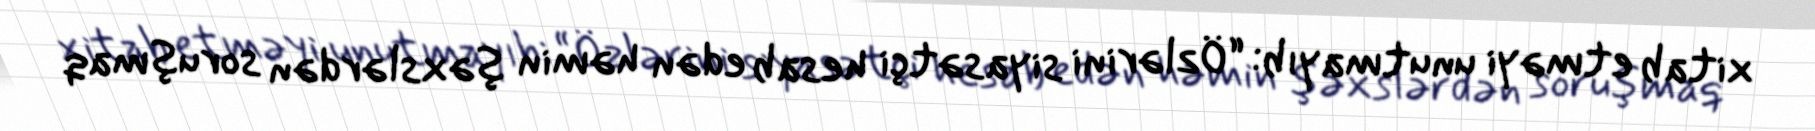
xitab etməyi unutmayıb: “Özlərini siyasətçi hesab edən həmin şəxslərdən soruşmaq